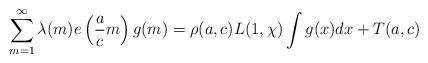
LaTeX: \begin{align*} \sum_{m=1}^\infty \lambda(m)e\left(\frac{a}{c}m\right)g(m)=\rho(a,c)L(1,\chi)\int g(x)dx+T(a,c)\end{align*}